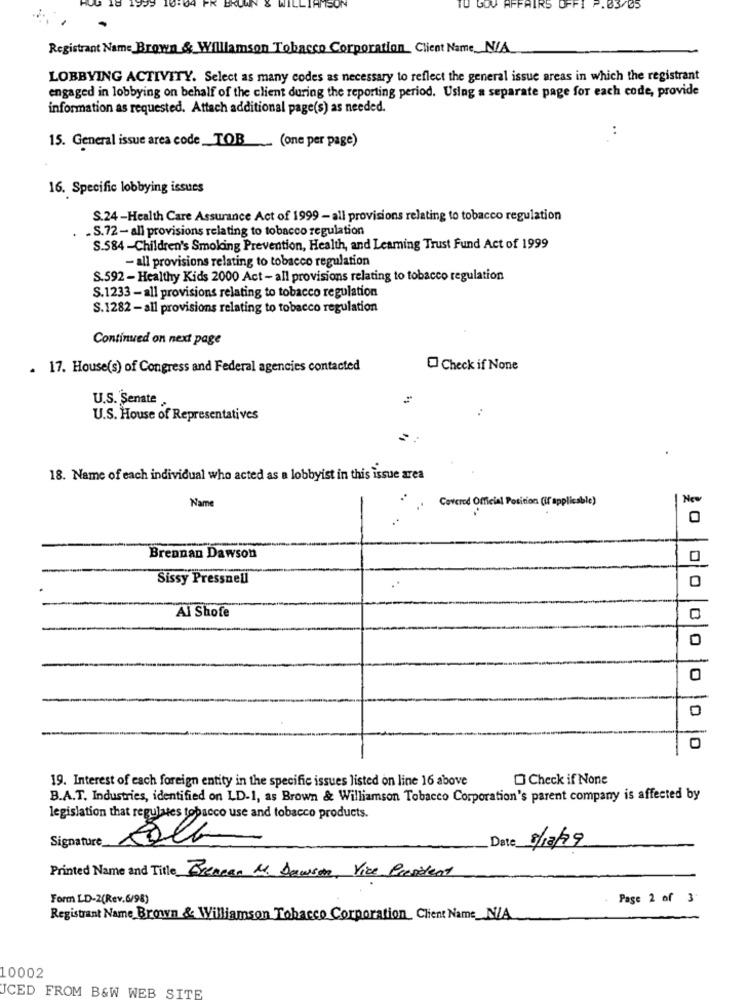
18
FR
TO GOV AFFAIRS OFFI P.03/05
Registrant Name Brown & Williamson Tobacco Corporation_ Client Name_N/A
LOBBYING ACTIVITY. Select as many codes as necessary to reflect the general issue areas in which the registrant
engaged in lobbying on behalf of the client during the reporting period. Using a separate page for each code, provide
information as requested. Attach additional page(s) as needed.
15. General issue area code_TOB __ (one per page)
16. Specific lobbying issues
S.24-Health Care Assurance Act of 1999 - all provisions relating to tobacco regulation
. S.72- all provisions relating to tobacco regulation
S.584 -Children's Smoking Prevention, Health, and Learning Trust Fund Act of 1999
- all provisions relating to tobacco regulation
S.592 - Healthy Kids 2000 Act - all provisions relating to tobacco regulation
S.1233 - all provisions relating to tobacco regulation
S.1282- all provisions relating to tobacco regulation
Continued on next page
. 17. House(s) of Congress and Federal agencies contacted
Check if None
U.S. Senate
U.S. House of Representatives
18. Name of each individual who acted as a lobbyist in this issue area
Name
Covered Official Position (If applicable)
Brennan Dawson
0
Sissy Pressnell
0
Al Shofe
0
19. Interest of each foreign entity in the specific issues listed on line 16 above
Check if None
B.A.T. Industries, identified on LD-1, as Brown & Williamson Tobacco Corporation's parent company is affected by
legislation that regulates tobacco use and tobacco products.
Signature_
Date 9/12/19
Printed Name and Title Brennan M. Dawson, Vice President
Form LD-2(Rev.6/98)
Page 2 of 3
Registrant Name Brown & Williamson Tobacco Corporation_ Client Name_N/A.
10002
UCED FROM B&W WEB SITE